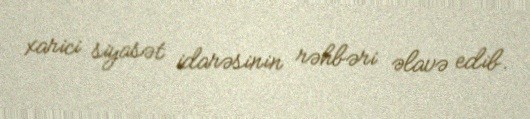
xarici siyasət idarəsinin rəhbəri əlavə edib.